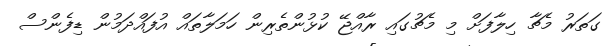
ގަތަރު މެޗާ ހިލާފަށް މި މެޗުގައި ރާއްޖޭ ކުޅުންތެރިން ހަމަލާތައް އުފައްދަމުން ޑިފެންސް